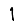
Digit: 1